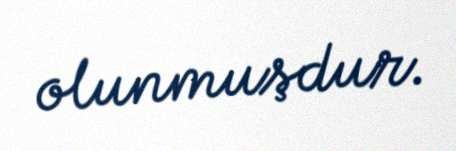
olunmuşdur.